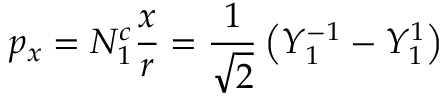
p _ { x } = N _ { 1 } ^ { c } { \frac { x } { r } } = { \frac { 1 } { \sqrt { 2 } } } \left( Y _ { 1 } ^ { - 1 } - Y _ { 1 } ^ { 1 } \right)